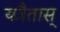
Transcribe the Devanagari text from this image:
यत्रैतास्‌